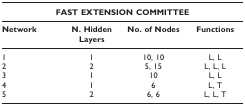
| <COLSPAN=4> FAST EXTENSION COMMITTEE |
 | --- | --- | --- | --- |
 | Network | N. Hidden Layers | No. of Nodes | Functions |
 | 1 | 1 | 10, 10 | L, L |
 | 2 | 2 | 5, 15 | L, L, L |
 | 3 | 1 | 10 | L, L |
 | 4 | 1 | 6 | L, T |
 | 5 | 2 | 6, 6 | L, L, T |